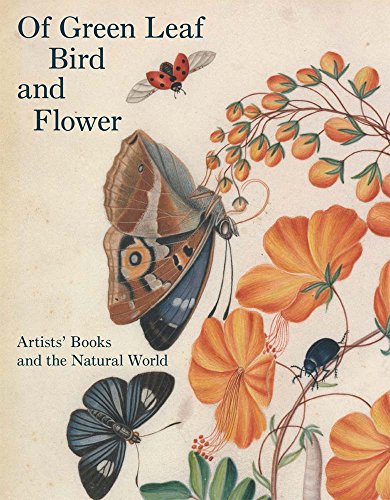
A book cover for Of Green Leaf, Bird, and Flower: Artists' Books and the Natural World (Yale Center for British Art); Elisabeth Fairman; Arts & Photography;